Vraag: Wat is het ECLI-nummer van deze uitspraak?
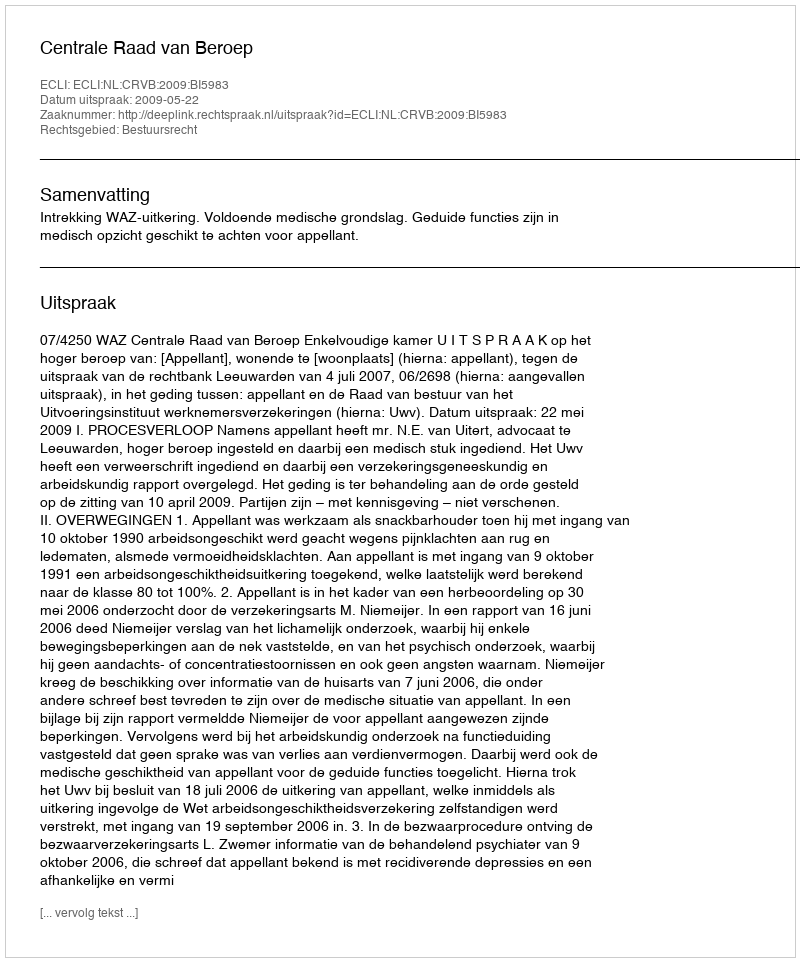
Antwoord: ECLI:NL:CRVB:2009:BI5983